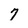
Character: 7